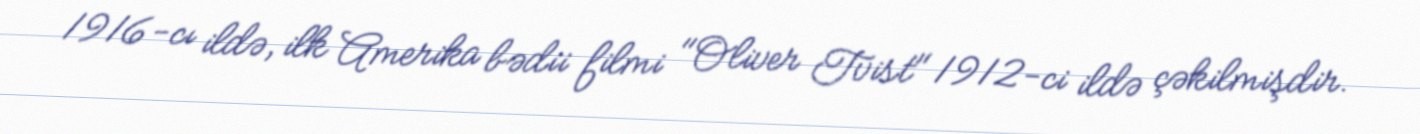
1916-cı ildə, ilk Amerika bədii filmi "Oliver Tvist" 1912-ci ildə çəkilmişdir.